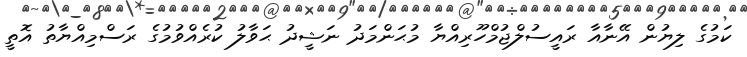
ކަމުގެ ލިޔުން އޭނާއާ ރައީސުލްޖުމްހޫރިއްޔާ މުޙަންމަދު ނަޝީދު ޙަވާލު ކުރެއްވުމުގެ ރަސްމިއްޔާތު އޮތީ